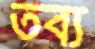
তব্য